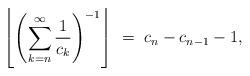
LaTeX: \begin{align*}\left\lfloor\left(\sum_{k = n}^{\infty} \frac{1}{c_{k}}\right)^{-1}\right\rfloor \ = \ c_n-c_{n-1}-1,\end{align*}